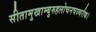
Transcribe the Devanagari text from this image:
सीतामुखाम्बुरुहलोचनचञ्चरीक।